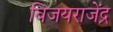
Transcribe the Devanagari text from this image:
विजयराजेंद्र